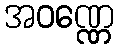
အဝဏ္ဏေ